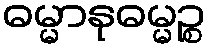
ဓမ္မာနုဓမ္မဉ္စ